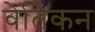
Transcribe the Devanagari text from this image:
वेतिकन